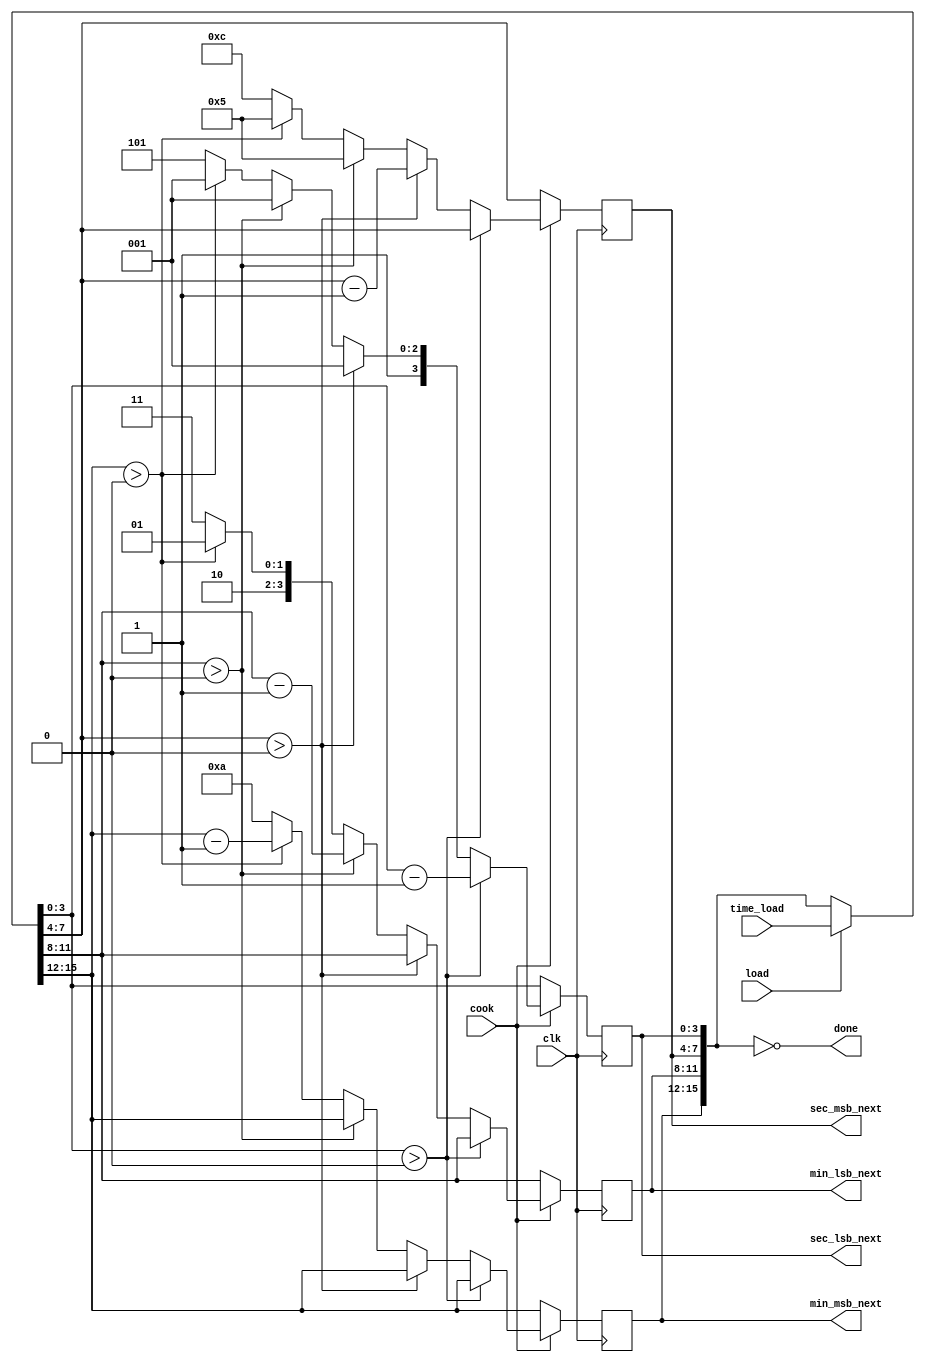
module timer(time_load, clk, cook ,load, min_msb_next, min_lsb_next, sec_msb_next, sec_lsb_next, done);
	input [15:0] time_load;
        input clk, cook, load;
        output [3:0] min_msb_next, min_lsb_next, sec_msb_next, sec_lsb_next;
	output done;
        reg  [3:0] min_msb_next, min_lsb_next, sec_msb_next, sec_lsb_next;
	reg  [3:0] min_msb, min_lsb, sec_msb, sec_lsb;
        wire [15:0] time_leave;
	wire done;
		
	assign time_leave = (load == 1'b1) ? time_load:{min_msb_next,min_lsb_next,sec_msb_next,sec_lsb_next};

	always @(time_leave or cook) begin
		min_msb = time_leave[15:12];
                min_lsb = time_leave[11:8];
                sec_msb = time_leave[7:4];
		sec_lsb = time_leave[3:0];
		if (cook) begin
			if (sec_lsb > 4'b0)
				begin
					sec_lsb = sec_lsb - 4'b1;
				end
			else if (sec_msb > 4'b0) 
                                begin
					sec_lsb = 4'd9;
					sec_msb = sec_msb - 4'b1;
				end
			else if (min_lsb > 4'b0) 
				begin
					sec_lsb = 4'd9;
					sec_msb = 4'd5;
					min_lsb = min_lsb - 4'b1;
				end
			else if (min_msb > 4'b0) 
				begin
					sec_lsb = 4'd9;
					sec_msb = 4'd5;
					min_lsb = 4'd9;
					min_msb = min_msb - 4'b1;
				end
			else
				begin
					sec_lsb = 4'd13; 
					sec_msb = 4'd12;
					min_lsb = 4'd11;
					min_msb = 4'd10;
				end
		end
	end


	always @(posedge clk) begin
        	min_msb_next = min_msb;
        	min_lsb_next = min_lsb;
		sec_msb_next = sec_msb;
        	sec_lsb_next = sec_lsb;
        end

	assign done = ({min_msb_next, min_lsb_next, sec_msb_next, sec_lsb_next} == 0);


endmodule